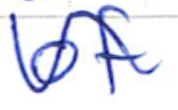
Text: of
Cross-out: wave
Writing tool: ballpoint